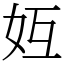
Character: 𪥦